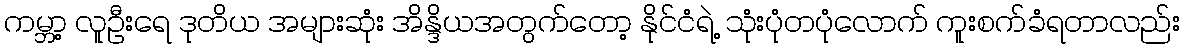
ကမ္ဘာ့ လူဦးရေ ဒုတိယ အများဆုံး အိန္ဒိယအတွက်တော့ နိုင်ငံရဲ့ သုံးပုံတပုံလောက် ကူးစက်ခံရတာလည်း